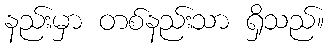
နည်းမှာ တစ်နည်းသာ ရှိသည်။